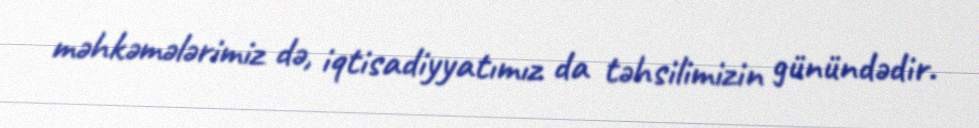
məhkəmələrimiz də, iqtisadiyyatımız da təhsilimizin günündədir.